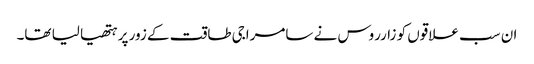
ان سب علاقوں کو زارروس نے سامراجی طاقت کے زور پر ہتھیا لیا تھا۔